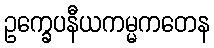
ဥက္ခေပနီယကမ္မကတေန